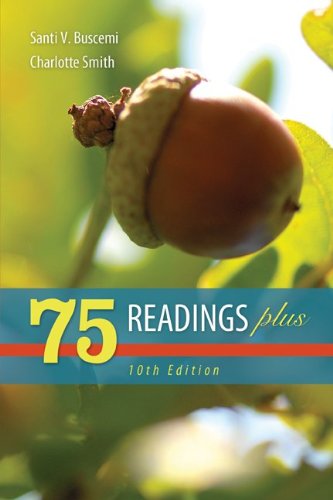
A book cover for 75 Readings Plus; Santi Buscemi; Reference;